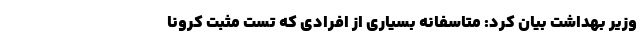
وزیر بهداشت بیان کرد: متاسفانه بسیاری از افرادی که تست مثبت کرونا